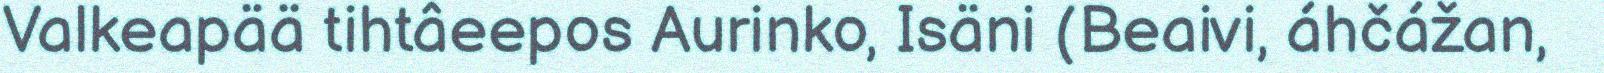
Valkeapää tihtâeepos Aurinko, Isäni (Beaivi, áhčážan,